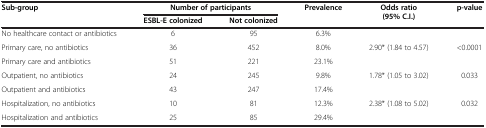
<table><thead><tr><td rowspan="2"><b>Sub-group</b></td><td colspan="2"><b>Number of participants</b></td><td rowspan="2"><b>Prevalence</b></td><td rowspan="2"><b>Odds ratio (95% C.I.)</b></td><td rowspan="2"><b>p-value</b></td></tr><tr><td><b>ESBL-E colonized</b></td><td><b>Not colonized</b></td></tr></thead><tbody><tr><td>No healthcare contact or antibiotics</td><td>6</td><td>95</td><td>6.3%</td><td colspan="2"> </td></tr><tr><td>Primary care, no antibiotics</td><td>36</td><td>452</td><td>8.0%</td><td rowspan="2">2.90* (1.84 to 4.57)</td><td rowspan="2">&lt;0.0001</td></tr><tr><td>Primary care and antibiotics</td><td>51</td><td>221</td><td>23.1%</td></tr><tr><td>Outpatient, no antibiotics</td><td>24</td><td>245</td><td>9.8%</td><td rowspan="2">1.78* (1.05 to 3.02)</td><td rowspan="2">0.033</td></tr><tr><td>Outpatient and antibiotics</td><td>43</td><td>247</td><td>17.4%</td></tr><tr><td>Hospitalization, no antibiotics</td><td>10</td><td>81</td><td>12.3%</td><td rowspan="2">2.38* (1.08 to 5.02)</td><td rowspan="2">0.032</td></tr><tr><td>Hospitalization and antibiotics</td><td>25</td><td>85</td><td>29.4%</td></tr></tbody></table>